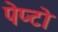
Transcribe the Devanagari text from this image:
पेप्टो